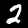
Digit: 2